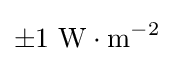
\pm 1\ \mathrm {W\cdot m^{-2}}